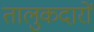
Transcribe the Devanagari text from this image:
तालुकदारों